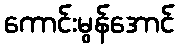
ကောင်းမွန်အောင်